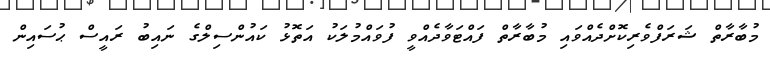
މުބާރާތް ޝަރަފްވެރިކޮށްދެއްވައި މުބާރާތް ފައްޓަވާދެއްވީ ފުވައްމުލަކު އަތޮޅު ކައުންސިލްގެ ނައިބު ރައީސް ޙުސައިން